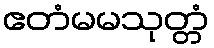
ဧတံမမသုတ္တံ